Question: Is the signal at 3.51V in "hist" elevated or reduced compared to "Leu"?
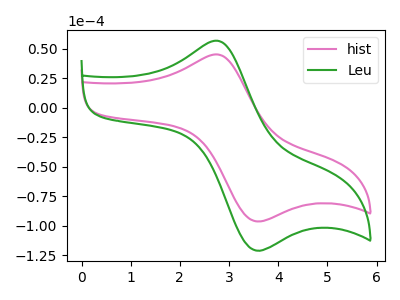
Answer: <think>The pink curve "hist" has an anodic peak at (2.75V, 45.30uA) and a cathodic peak at (3.50V, -95.95uA). The green curve "Leu" has an anodic peak at (2.75V, 56.95uA) and a cathodic peak at (3.50V, -120.60uA).</think>
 <answer>The peak at 3.51V is lower in "hist" than in "Leu".</answer>
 <eval>lower</eval>